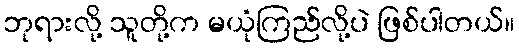
ဘုရားလို့ သူတို့က မယုံကြည်လို့ပဲ ဖြစ်ပါတယ်။